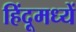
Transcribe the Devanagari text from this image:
हिंदूमध्यें